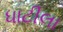
ધાટીલા